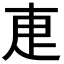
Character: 𭻿